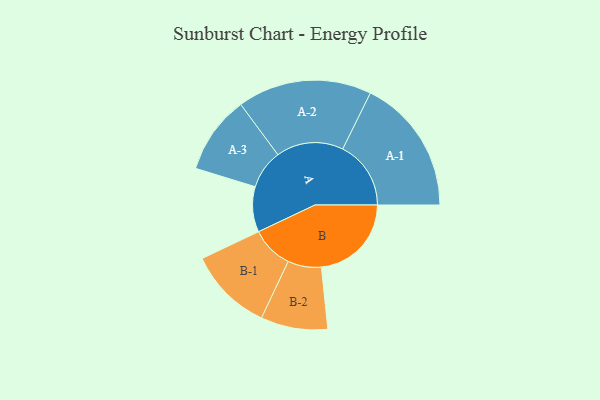
{"axis": {"x": "Segment", "y": "Value"}, "legend": ["", "A", "B"], "data": [{"x": "A", "y": 179, "type": ""}, {"x": "B", "y": 355, "type": ""}, {"x": "A-1", "y": 269, "type": "A"}, {"x": "A-2", "y": 265, "type": "A"}, {"x": "A-3", "y": 154, "type": "A"}, {"x": "B-1", "y": 166, "type": "B"}, {"x": "B-2", "y": 132, "type": "B"}]}